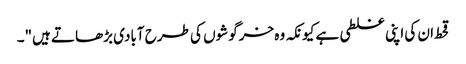
قحط ان کی اپنی غلطی ہے کیونکہ وہ خرگوشوں کی طرح آبادی بڑھاتے ہیں"۔